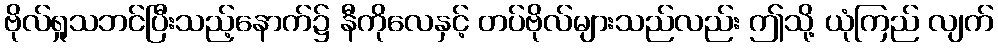
ဗိုလ်ရှုသဘင်ပြီးသည့်နောက်၌ နီကိုလေနှင့် တပ်ဗိုလ်များသည်လည်း ဤသို့ ယုံကြည် လျက်